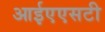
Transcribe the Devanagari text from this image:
आईएएसटी